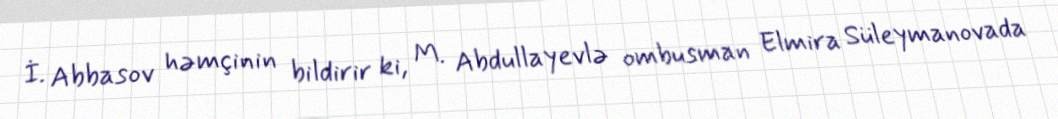
İ. Abbasov həmçinin bildirir ki, M. Abdullayevlə ombusman Elmira Süleymanovada